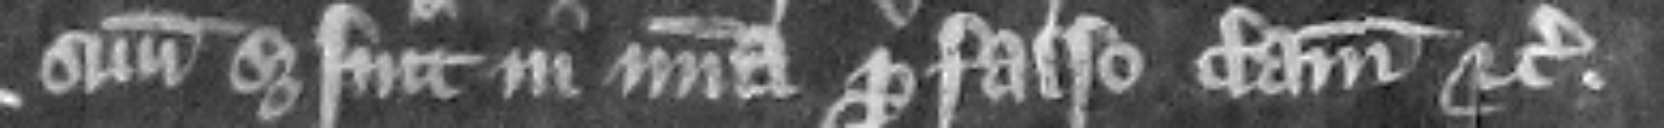
suum set sint in misericordia pro falso clamore etc.